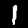
Label: 1